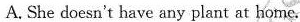
A. She doesn't have any plant at home.